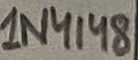
Text: 1N4148